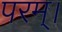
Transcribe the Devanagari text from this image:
परम्‌।